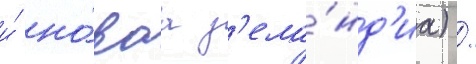
и́ но́ваа з'ела́нд'иа) /